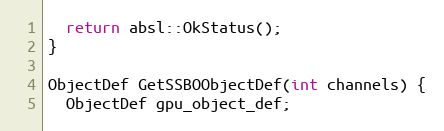
Language: C++
  return absl::OkStatus();
}

ObjectDef GetSSBOObjectDef(int channels) {
  ObjectDef gpu_object_def;